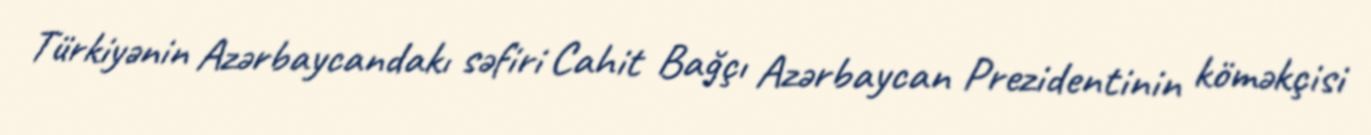
Türkiyənin Azərbaycandakı səfiri Cahit Bağçı Azərbaycan Prezidentinin köməkçisi